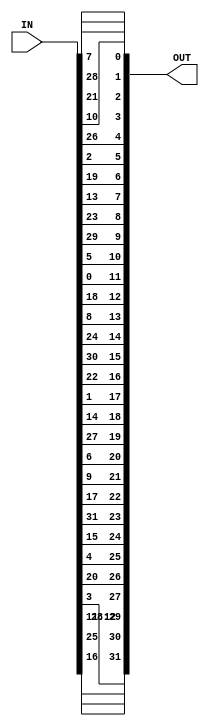
`timescale 1ns / 1ps

module Straight_Dbox(output reg [1:32] OUT, input [1:32] IN);

always @(IN)
    begin 
        OUT[01] <= IN[16];
        OUT[02] <= IN[07];
        OUT[03] <= IN[20];
        OUT[04] <= IN[21];
        OUT[05] <= IN[29];
        OUT[06] <= IN[12];
        OUT[07] <= IN[28];
        OUT[08] <= IN[17];
        
        OUT[09] <= IN[01];
        OUT[10] <= IN[15];
        OUT[11] <= IN[23];
        OUT[12] <= IN[26];
        OUT[13] <= IN[05];
        OUT[14] <= IN[18];
        OUT[15] <= IN[31];
        OUT[16] <= IN[10];
        
        OUT[17] <= IN[02];
        OUT[18] <= IN[08];
        OUT[19] <= IN[24];
        OUT[20] <= IN[14];
        OUT[21] <= IN[32];
        OUT[22] <= IN[27];
        OUT[23] <= IN[03];
        OUT[24] <= IN[09];
        
        OUT[25] <= IN[19];
        OUT[26] <= IN[13];
        OUT[27] <= IN[30];
        OUT[28] <= IN[06];
        OUT[29] <= IN[22];
        OUT[30] <= IN[11];
        OUT[31] <= IN[04];
        OUT[32] <= IN[25];
    end
endmodule